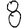
Digit: 8